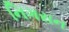
નિગરાન